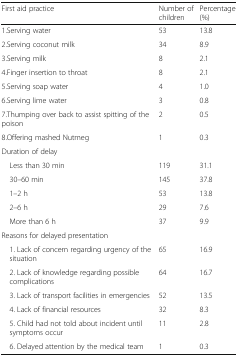
<table><thead><tr><td><b>First aid practice</b></td><td><b>Number of children</b></td><td><b>Percentage (%)</b></td></tr></thead><tbody><tr><td>1.Serving water</td><td>53</td><td>13.8</td></tr><tr><td>2.Serving coconut milk</td><td>34</td><td>8.9</td></tr><tr><td>3.Serving milk</td><td>8</td><td>2.1</td></tr><tr><td>4.Finger insertion to throat</td><td>8</td><td>2.1</td></tr><tr><td>5.Serving soap water</td><td>4</td><td>1.0</td></tr><tr><td>6.Serving lime water</td><td>3</td><td>0.8</td></tr><tr><td>7.Thumping over back to assist spitting of the poison</td><td>2</td><td>0.5</td></tr><tr><td>8.Offering mashed Nutmeg</td><td>1</td><td>0.3</td></tr><tr><td colspan="3">Duration of delay</td></tr><tr><td> Less than 30 min</td><td>119</td><td>31.1</td></tr><tr><td> 30–60 min</td><td>145</td><td>37.8</td></tr><tr><td> 1–2 h</td><td>53</td><td>13.8</td></tr><tr><td> 2–6 h</td><td>29</td><td>7.6</td></tr><tr><td> More than 6 h</td><td>37</td><td>9.9</td></tr><tr><td colspan="3">Reasons for delayed presentation</td></tr><tr><td> 1. Lack of concern regarding urgency of the situation</td><td>65</td><td>16.9</td></tr><tr><td> 2. Lack of knowledge regarding possible complications</td><td>64</td><td>16.7</td></tr><tr><td> 3. Lack of transport facilities in emergencies</td><td>52</td><td>13.5</td></tr><tr><td> 4. Lack of financial resources</td><td>32</td><td>8.3</td></tr><tr><td> 5. Child had not told about incident until symptoms occur</td><td>11</td><td>2.8</td></tr><tr><td> 6. Delayed attention by the medical team</td><td>1</td><td>0.3</td></tr></tbody></table>